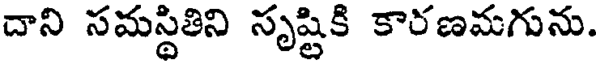
దాని సమస్థితిని సృష్టికి కారణమగును.